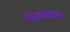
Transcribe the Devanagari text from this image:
पांड्यदेश